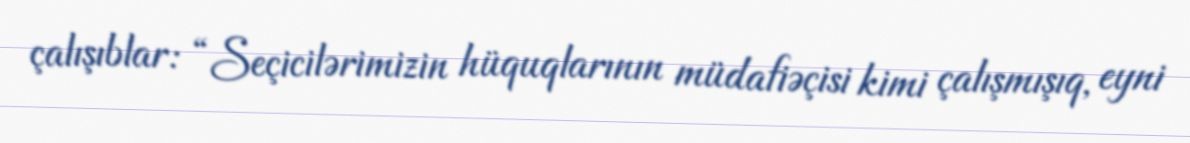
çalışıblar: “Seçicilərimizin hüquqlarının müdafiəçisi kimi çalışmışıq, eyni